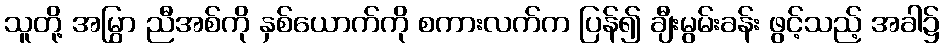
သူတို့ အမြွှာ ညီအစ်ကို နှစ်ယောက်ကို စကားလက်က ပြန်၍ ချီးမွမ်းခန်း ဖွင့်သည့် အခါ၌